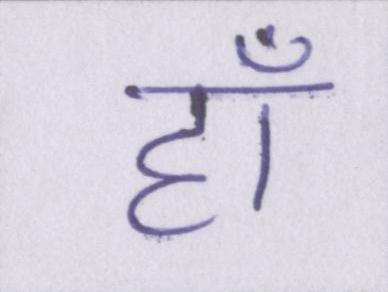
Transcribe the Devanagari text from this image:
हाँ